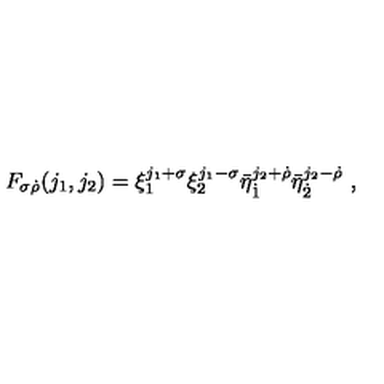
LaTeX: F _ { \sigma \dot { \rho } } ( j _ { 1 } , j _ { 2 } ) = \xi _ { 1 } ^ { j _ { 1 } + \sigma } \xi _ { 2 } ^ { j _ { 1 } - \sigma } \bar { \eta } _ { \dot { 1 } } ^ { j _ { 2 } + \dot { \rho } } \bar { \eta } _ { \dot { 2 } } ^ { j _ { 2 } - \dot { \rho } } \ ,